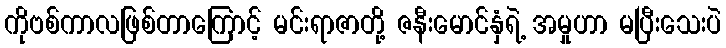
ကိုဗစ်ကာလဖြစ်တာကြောင့် မင်းရာဇာတို့ ဇနီးမောင်နှံရဲ့ အမှုဟာ မပြီးသေးပဲ